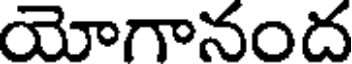
యోగానంద